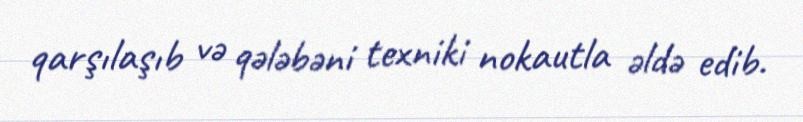
qarşılaşıb və qələbəni texniki nokautla əldə edib.